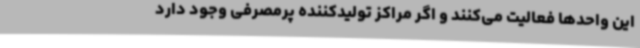
این واحدها فعالیت می‌کنند و اگر مراکز تولیدکننده پرمصرفی وجود دارد